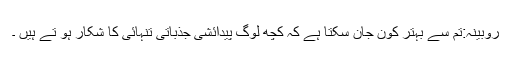
روبینہ:تم سے بہتر کون جان سکتا ہے کہ کچھ لوگ پیدائشی جذباتی تنہائی کا شکار ہو تے ہیں ۔